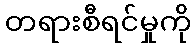
တရားစီရင်မှုကို